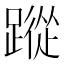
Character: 蹤